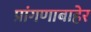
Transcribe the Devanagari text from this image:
प्रांगणाबाहेर